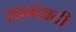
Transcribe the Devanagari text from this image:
सामंवादी